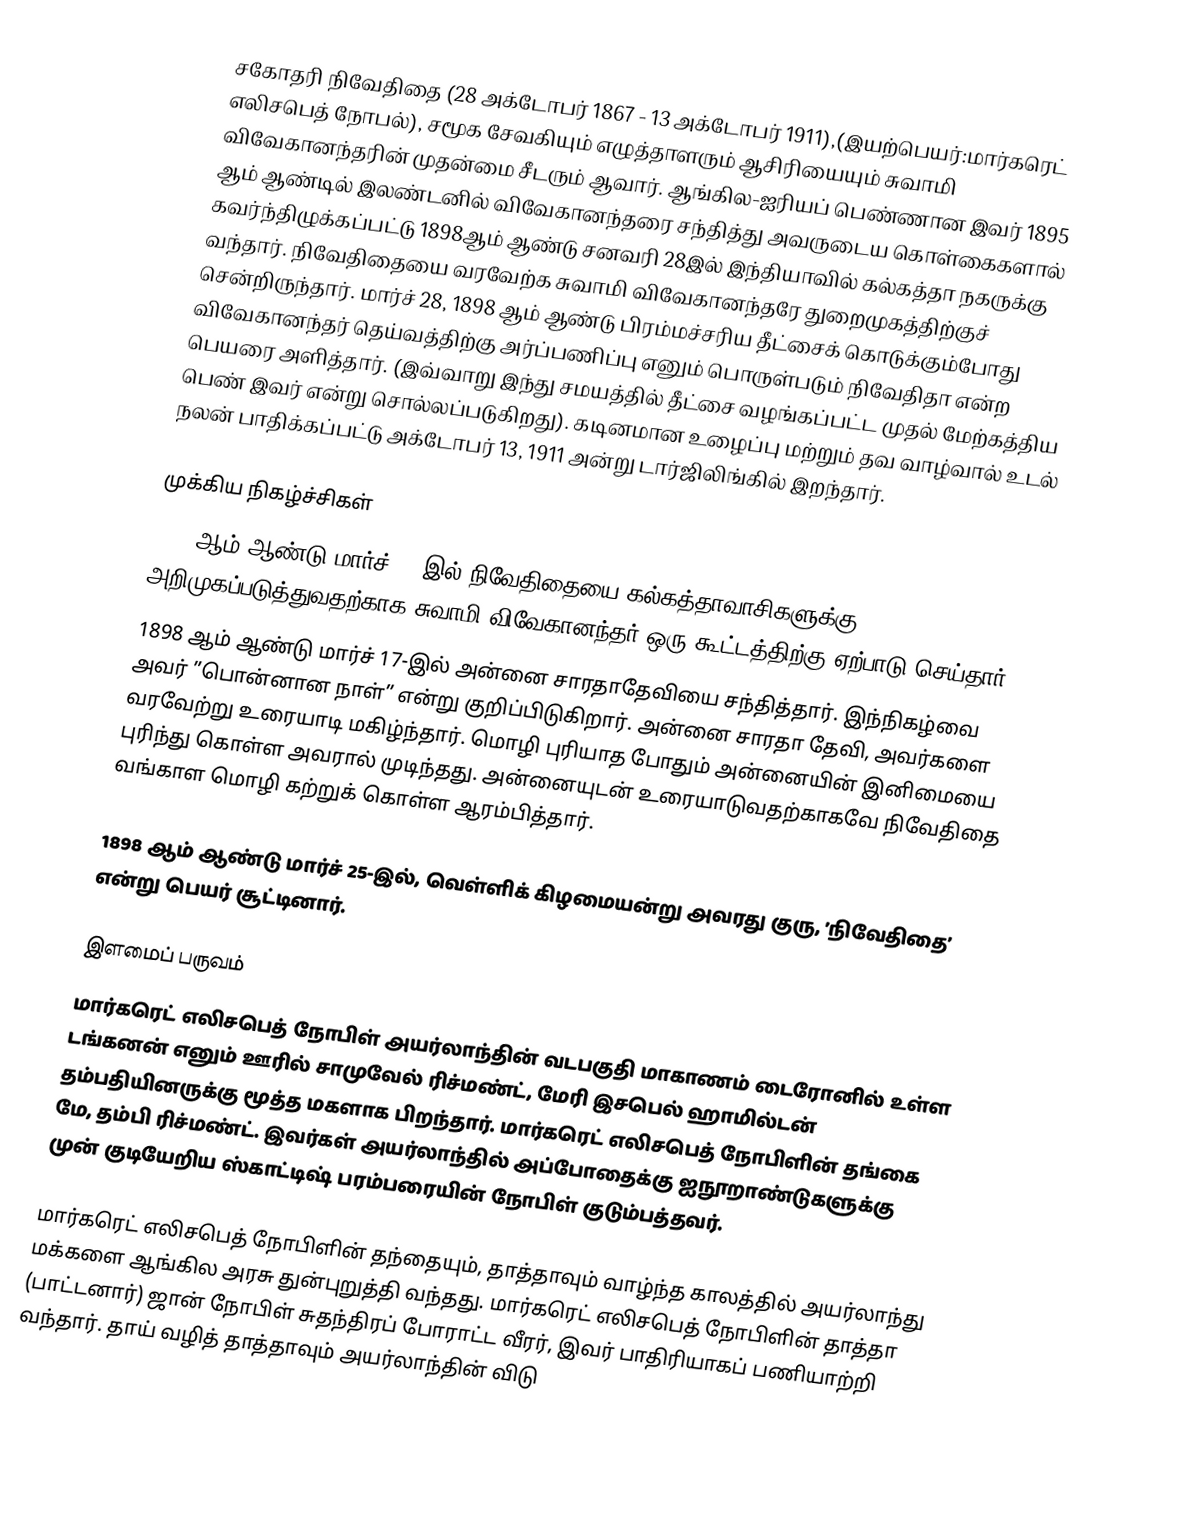
சகோதரி நிவேதிதை (28 அக்டோபர் 1867 - 13 அக்டோபர் 1911),(இயற்பெயர்:மார்கரெட் எலிசபெத் நோபல்), சமூக சேவகியும் எழுத்தாளரும் ஆசிரியையும் சுவாமி விவேகானந்தரின் முதன்மை சீடரும் ஆவார். ஆங்கில-ஐரியப் பெண்ணான இவர் 1895 ஆம் ஆண்டில் இலண்டனில் விவேகானந்தரை சந்தித்து அவருடைய கொள்கைகளால் கவர்ந்திழுக்கப்பட்டு 1898ஆம் ஆண்டு சனவரி 28இல் இந்தியாவில் கல்கத்தா நகருக்கு வந்தார். நிவேதிதையை வரவேற்க சுவாமி விவேகானந்தரே துறைமுகத்திற்குச் சென்றிருந்தார். மார்ச் 28, 1898 ஆம் ஆண்டு பிரம்மச்சரிய தீட்சைக் கொடுக்கும்போது விவேகானந்தர் தெய்வத்திற்கு அர்ப்பணிப்பு எனும் பொருள்படும் நிவேதிதா என்ற பெயரை அளித்தார். (இவ்வாறு இந்து சமயத்தில் தீட்சை வழங்கப்பட்ட முதல் மேற்கத்திய பெண் இவர் என்று சொல்லப்படுகிறது). கடினமான உழைப்பு மற்றும் தவ வாழ்வால் உடல் நலன் பாதிக்கப்பட்டு அக்டோபர் 13, 1911 அன்று டார்ஜிலிங்கில் இறந்தார்.

முக்கிய நிகழ்ச்சிகள்
1898 ஆம் ஆண்டு மார்ச் 11-இல் நிவேதிதையை கல்கத்தாவாசிகளுக்கு அறிமுகப்படுத்துவதற்காக சுவாமி விவேகானந்தர் ஒரு கூட்டத்திற்கு ஏற்பாடு செய்தார்.
1898 ஆம் ஆண்டு மார்ச் 17-இல் அன்னை சாரதாதேவியை சந்தித்தார். இந்நிகழ்வை அவர் ”பொன்னான நாள்” என்று குறிப்பிடுகிறார். அன்னை சாரதா தேவி, அவர்களை வரவேற்று உரையாடி மகிழ்ந்தார். மொழி புரியாத போதும் அன்னையின் இனிமையை புரிந்து கொள்ள அவரால் முடிந்தது. அன்னையுடன் உரையாடுவதற்காகவே நிவேதிதை வங்காள மொழி கற்றுக் கொள்ள ஆரம்பித்தார்.

1898 ஆம் ஆண்டு மார்ச் 25-இல், வெள்ளிக் கிழமையன்று அவரது குரு, ’நிவேதிதை’ என்று பெயர் சூட்டினார்.

இளமைப் பருவம்
மார்கரெட் எலிசபெத் நோபிள் அயர்லாந்தின் வடபகுதி மாகாணம் டைரோனில் உள்ள டங்கனன் எனும் ஊரில் சாமுவேல் ரிச்மண்ட், மேரி இசபெல் ஹாமில்டன் தம்பதியினருக்கு மூத்த மகளாக பிறந்தார். மார்கரெட் எலிசபெத் நோபிளின் தங்கை மே, தம்பி ரிச்மண்ட். இவர்கள் அயர்லாந்தில் அப்போதைக்கு ஐநூறாண்டுகளுக்கு முன் குடியேறிய ஸ்காட்டிஷ் பரம்பரையின் நோபிள் குடும்பத்தவர்.

மார்கரெட் எலிசபெத் நோபிளின் தந்தையும், தாத்தாவும் வாழ்ந்த காலத்தில் அயர்லாந்து மக்களை ஆங்கில அரசு துன்புறுத்தி வந்தது. மார்கரெட் எலிசபெத் நோபிளின் தாத்தா (பாட்டனார்) ஜான் நோபிள் சுதந்திரப் போராட்ட வீரர், இவர் பாதிரியாகப் பணியாற்றி வந்தார். தாய் வழித் தாத்தாவும் அயர்லாந்தின் விடு